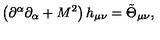
\left( \partial ^ { \alpha } \partial _ { \alpha } + M ^ { 2 } \right) h _ { \mu \nu } = \tilde { \Theta } _ { \mu \nu } ,